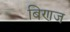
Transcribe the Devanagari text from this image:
बिणज